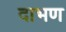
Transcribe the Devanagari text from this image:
दाभण